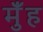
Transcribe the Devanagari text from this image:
मुँंह